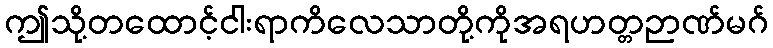
ဤသို့တထောင့်ငါးရာကိလေသာတို့ကိုအရဟတ္တဉာဏ်မဂ်